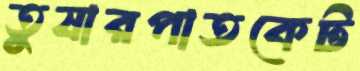
তুষারপাতকেট